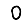
Digit: 0